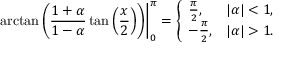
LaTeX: \left. \arctan \left( { \frac { 1 + \alpha } { 1 - \alpha } } \tan \left( { \frac { x } { 2 } } \right) \right) \right| _ { 0 } ^ { \pi } = { \left\{ \begin{array} { l l } { { \frac { \pi } { 2 } } , } & { | \alpha | < 1 , } \\ { - { \frac { \pi } { 2 } } , } & { | \alpha | > 1 . } \end{array} \right. }